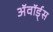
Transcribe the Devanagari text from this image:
अॅवॉर्ड्स